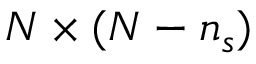
N \times ( N - n _ { s } )